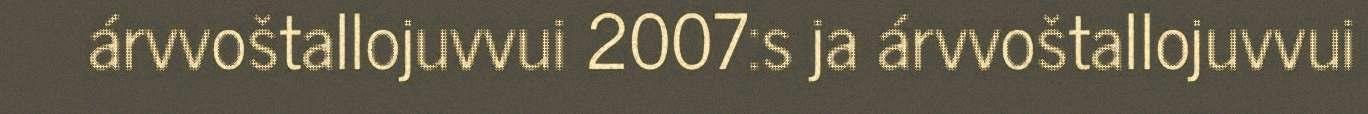
árvvoštallojuvvui 2007:s ja árvvoštallojuvvui